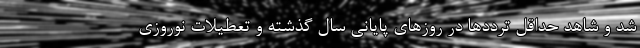
شد و شاهد حداقل ترددها در روزهای پایانی سال گذشته و تعطیلات نوروزی